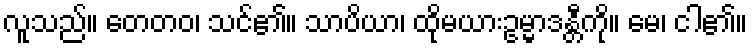
လူသည်။ တေတဝ၊ သင်၏။ သာပိယာ၊ ထိုမယားဥမ္မာဒန္တီကို။ မေ၊ ငါ၏။